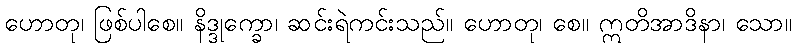
ဟောတု၊ ဖြစ်ပါစေ။ နိဒ္ဒုက္ခော၊ ဆင်းရဲကင်းသည်။ ဟောတု၊ စေ။ ဣတိအာဒိနာ၊ သော။